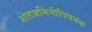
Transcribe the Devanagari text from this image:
शेतजमिनीविषयक